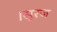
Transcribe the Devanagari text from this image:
।सूरज